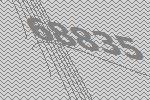
68835